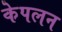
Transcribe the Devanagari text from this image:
केपलन